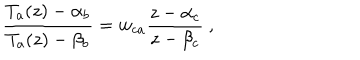
LaTeX: \frac { T _ { a } ( z ) - \alpha _ { b } } { T _ { a } ( z ) - \beta _ { b } } = w _ { c a } \frac { z - \alpha _ { c } } { z - \beta _ { c } } \ ,